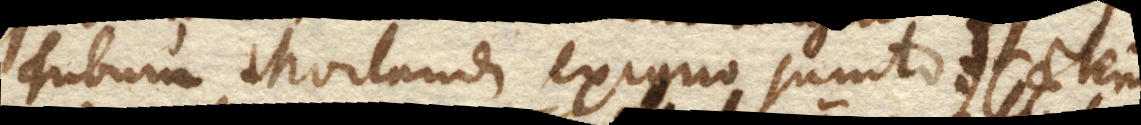
Tubum Morlandi exiguo sumto. +) Caeterum